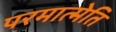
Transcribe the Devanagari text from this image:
परमात्मेति